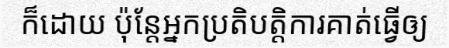
ក៏ដោយ ប៉ុន្តែអ្នកប្រតិបត្តិការគាត់ធ្វើឲ្យ